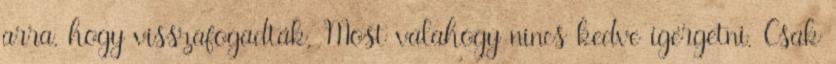
arra, hogy visszafogadták. Most valahogy nincs kedve ígérgetni. Csak